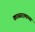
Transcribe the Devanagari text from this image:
काळारामाच्या